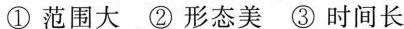
①范围大 ②形态美 ③时间长